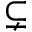
\subsetneq